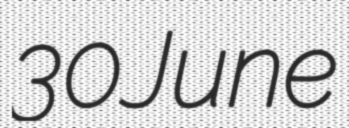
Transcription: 30 June